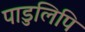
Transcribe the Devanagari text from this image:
पाडुलिपि